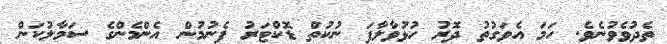
ތެދުވެވުނެވެ. ހަމަ އެވަގުތު ދޮރު ހުޅުވާލާފަ ނުކުތް ޑޮކްޓަރު ފެނުމުން އެންމެންގެ ސަމާލުކަން